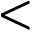
\textless